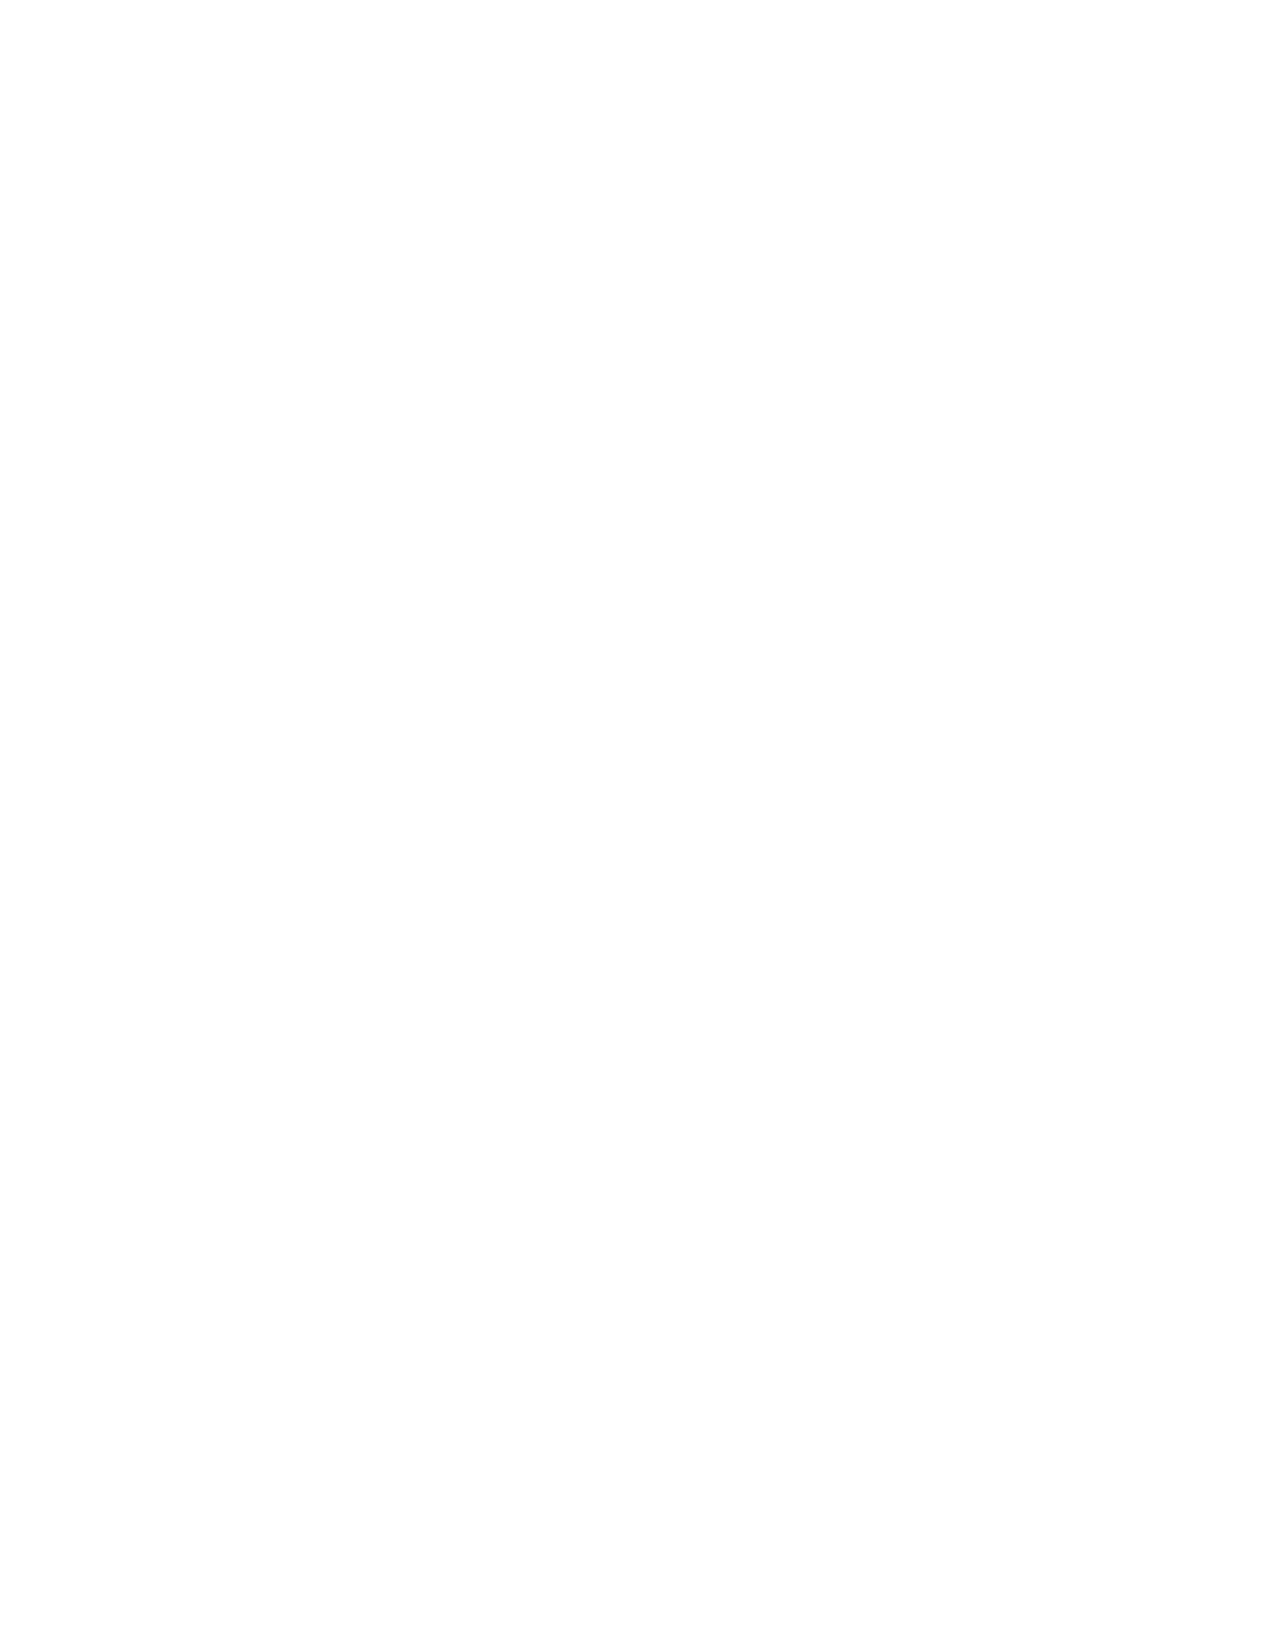
Resources  from seeJesus
 To order, log on to www.seeJesus.net
 Questions: call 215-721-3113 or email at info@seeJesus.net.
 seeJesus Interactive Bible Studies:
 ● A Loving Life Interactive Bible Study: (17 lessons) A loving life is what we all want. But loving people
 is hard. This 17-lesson study will help you discover Ruth’s amazing biblical portrait of love with a small
 group or Sunday School class. Here is the help we all need to embrace relationship, endure rejection,
 cultivate community, and reach out to even the most unlovable as we discover the power to live a loving
 life. Leader’s Manual and Participant’s Manual to be used in conjunction with each other.
 ● Bethesda Series: Compassion Leader’s Manual and Student Manual: (19 Lessons) Adapted from The
 Person of Jesus study, this curriculum provides flexible teaching plans for use with young adults/adults
 affected by disabilities. Through stories, illustrations, and activities, this curriculum will help learners
 apply biblical truths to daily life.
 ● Grace Through the Eyes of Jesus: (18 lessons) An interactive Bible study that immerses you in the
 world of grace. We look at seven scenes from the gospel of Luke where Jesus either tells stories about
 grace or models grace in his interactions with people.
 ● The Person of Jesus: (48 Lessons) Looks at how to love by focusing on the one truly good man, Jesus
 of Nazareth. The winsome insights, coupled with an energetic, interactive format, lead Christians and
 seekers alike to discover a Christ so personal, so rich in love. What unfolds as people study the person
 of Jesus is unstoppable: Jesus at the center of community.
 seeJesus Books:
 ● A Praying Life: By reading A Praying Life, you’ll learn how to become like a child running to your
 Father. The book can be combined with our A Praying Life Discussion Guide.
 ● A Loving Life: This book offers the help we need to embrace relationship, endure rejection, cultivate
 community, and reach out to even the most unlovable around us as we discover the power to live a
 loving life. Companion to A Loving Life Interactive Study.
 ● Love Walked Among Us: The book invites you to get to know Jesus and to observe his life as it unfolds
 in the gospel narratives. The study will encourage you to imitate Jesus’ way of loving people. Companion
 to The Person of Jesus Interactive Study.
 seeJesus Videos or Audio Studies:
 ● A Praying Life DVD and CD: An 11-session video study for small groups or Sunday School classes
 that teaches people to develop a life of private prayer by coming as a child to your heavenly Father. To
 lead this study you will need the A Praying Life Leader’s and Participant’s manual. The Leader’s manual
 includes teaching notes.
 ● The Love Course: A 32-week study similar in content to The Person of Jesus except it is a lecture series
 on MP3 files (free downloads from our website: http://seeJesus.net/studies/the-love-course.) The study
 immerses the participants in the life of Jesus and what love is. There are 5 units, each with a manual
 of detailed lecture notes and a six-day weekly devotional assignment that is suitable for individuals or
 small groups.
 Quick Start Guide                      xiii